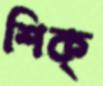
শিক্